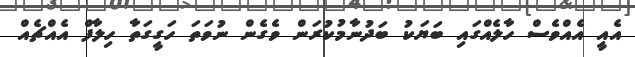
އެއީ އެއްވެސް ހާލެއްގައި ބަޔަކު ބަދުނާމުކުރަން ވެގެން ނުވަތަ ހަގީގަތާ ހިލާފް އެއްޗެއް